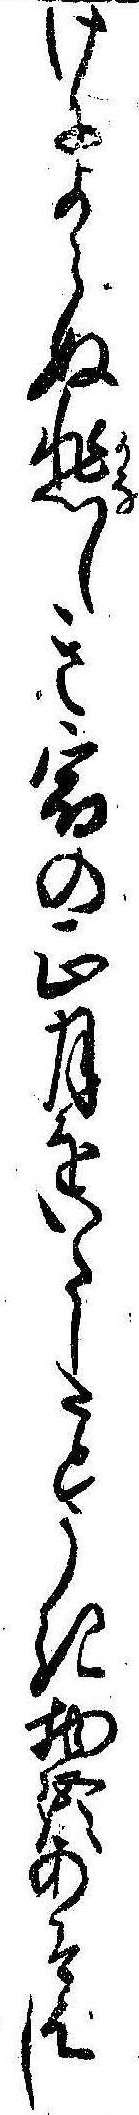
けによらぬ悲しき宿の正月をいたしたとうき物語あそはし